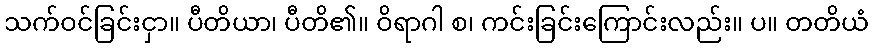
သက်ဝင်ခြင်းငှာ။ ပီတိယာ၊ ပီတိ၏။ ဝိရာဂါ စ၊ ကင်းခြင်းကြောင်းလည်း။ ပ။ တတိယံ